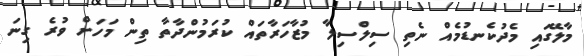
މާލޭގައި މެދުކެނޑުމެއް ނެތި ސިލްސިލާ މުޒާހަރާތައް ކުރަމުންދާތާ ތިން މަހަށް ވުރެ ގިނަ